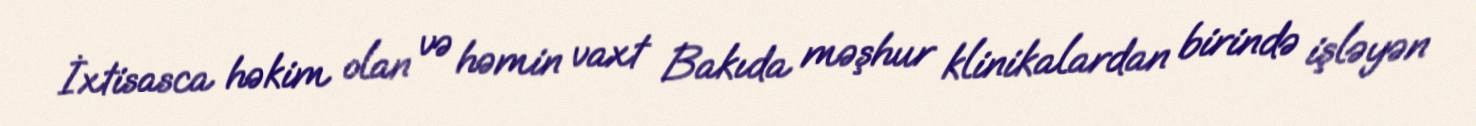
İxtisasca həkim olan və həmin vaxt Bakıda məşhur klinikalardan birində işləyən